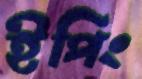
ইপিং